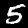
Label: 5